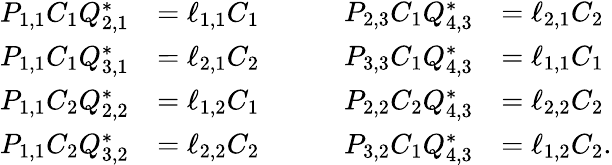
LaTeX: \begin{array}{rl}{P_{1,1}C_{1}Q_{2,1}^{*}}&{=\ell_{1,1}C_{1}}\\ {P_{1,1}C_{1}Q_{3,1}^{*}}&{=\ell_{2,1}C_{2}}\\ {P_{1,1}C_{2}Q_{2,2}^{*}}&{=\ell_{1,2}C_{1}}\\ {P_{1,1}C_{2}Q_{3,2}^{*}}&{=\ell_{2,2}C_{2}}\end{array}\quad\quad\quad\begin{array}{rl}{P_{2,3}C_{1}Q_{4,3}^{*}}&{=\ell_{2,1}C_{2}}\\ {P_{3,3}C_{1}Q_{4,3}^{*}}&{=\ell_{1,1}C_{1}}\\ {P_{2,2}C_{2}Q_{4,3}^{*}}&{=\ell_{2,2}C_{2}}\\ {P_{3,2}C_{1}Q_{4,3}^{*}}&{=\ell_{1,2}C_{2}.}\end{array}